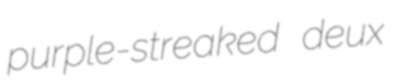
purple-streaked deux